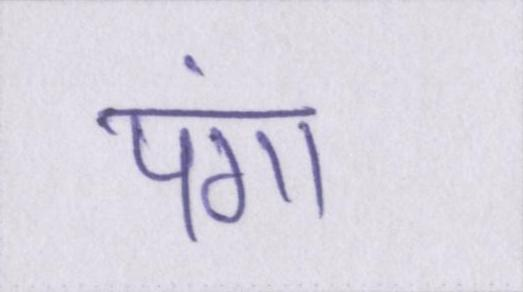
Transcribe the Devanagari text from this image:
पंगा